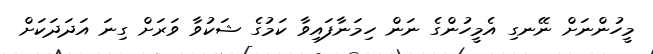
މީހުންނަށް ނޭނގި އެމީހުންގެ ނަން ހިމަނާފައިވާ ކަމުގެ ޝަކުވާ ވަރަށް ގިނަ އަދަދަކަށް